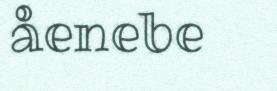
åenebe